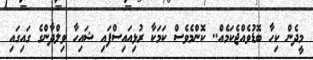
މީދެން ކިހާ ބޮޑުވެއްޖެކަމެއް.. ކޮންމެވެސް ކަމަކާ ރުޅިއައިސްފައި ޝަަަަަައިހާ ވިލްދާންގެ ގައިގައި